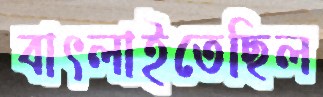
বাৎলাইতেছিল